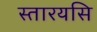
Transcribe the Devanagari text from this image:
स्तारयसि